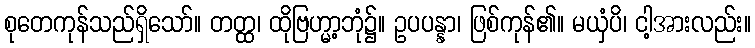
စုတေကုန်သည်ရှိသော်။ တတ္ထ၊ ထိုဗြဟ္မာ့ဘုံ၌။ ဥပပန္နာ၊ ဖြစ်ကုန်၏။ မယှံပိ၊ ငါ့အားလည်း။